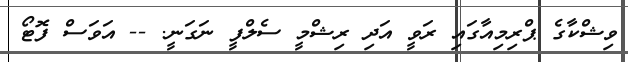
ވިޝްކާގެ ޕްރިމިއާގައި ރަވީ އަދި ރިޝްމީ ސެލްފީ ނަގަނީ. -- އަވަސް ފޮޓޯ